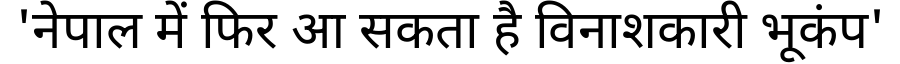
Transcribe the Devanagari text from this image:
'नेपाल में फिर आ सकता है विनाशकारी भूकंप'